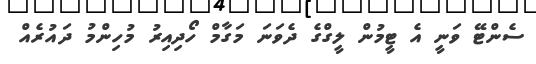
ސެންޓޭ ވަނީ އެ ޓީމުން ލީގްގެ ދެވަނަ މަގާމް ހޯދިއިރު މުހިންމު ދައުރެއް